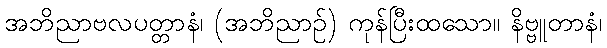
အဘိညာဗလပတ္တာနံ၊ (အဘိညာဉ်) ကုန်ပြီးထသော။ နိဗ္ဗူတာနံ၊